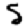
Digit: 5